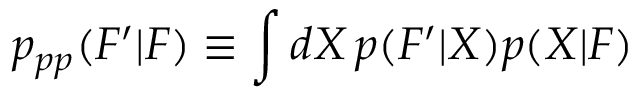
p _ { p p } ( F ^ { \prime } | F ) \equiv \int d X \, p ( F ^ { \prime } | X ) p ( X | F )